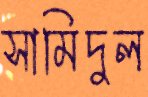
সামিদুল